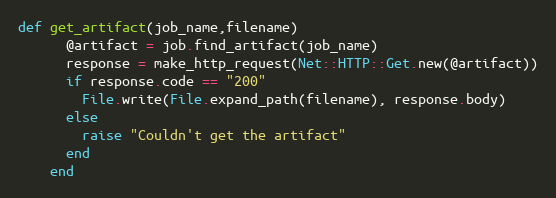
Language: Ruby
def get_artifact(job_name,filename)
      @artifact = job.find_artifact(job_name)
      response = make_http_request(Net::HTTP::Get.new(@artifact))
      if response.code == "200"
        File.write(File.expand_path(filename), response.body)
      else
        raise "Couldn't get the artifact"
      end
    end